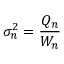
\sigma _ { n } ^ { 2 } = { \frac { Q _ { n } } { W _ { n } } }